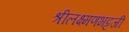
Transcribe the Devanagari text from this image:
श्रीलक्ष्मणभट्टजी